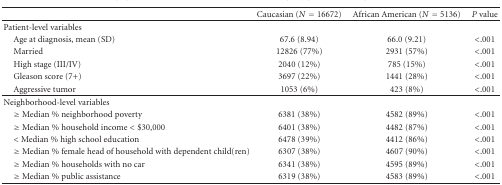
<table><thead><tr><td></td><td><b>Caucasian (<i>N</i> = 16672)</b></td><td><b>African American (<i>N</i> = 5136)</b></td><td><b><i>P</i> value</b></td></tr></thead><tbody><tr><td>Patient-level variables</td><td></td><td></td><td></td></tr><tr><td> Age at diagnosis, mean (SD)</td><td>67.6 (8.94)</td><td>66.0 (9.21)</td><td>&lt;.001</td></tr><tr><td> Married</td><td>12826 (77%)</td><td>2931 (57%)</td><td>&lt;.001</td></tr><tr><td> High stage (III/IV)</td><td>2040 (12%)</td><td>785 (15%)</td><td>&lt;.001</td></tr><tr><td> Gleason score (7+)</td><td>3697 (22%)</td><td>1441 (28%)</td><td>&lt;.001</td></tr><tr><td> Aggressive tumor</td><td>1053 (6%)</td><td>423 (8%)</td><td>&lt;.001</td></tr><tr><td>Neighborhood-level variables</td><td></td><td></td><td></td></tr><tr><td> ≥ Median % neighborhood poverty</td><td>6381 (38%)</td><td>4582 (89%)</td><td>&lt;.001</td></tr><tr><td> ≥ Median % household income &lt;$30,000</td><td>6401 (38%)</td><td>4482 (87%)</td><td>&lt;.001</td></tr><tr><td> &lt; Median % high school education</td><td>6478 (39%)</td><td>4412 (86%)</td><td>&lt;.001</td></tr><tr><td> ≥ Median % female head of household with dependent child(ren)</td><td>6307 (38%)</td><td>4607 (90%)</td><td>&lt;.001</td></tr><tr><td> ≥ Median % households with no car</td><td>6341 (38%)</td><td>4595 (89%)</td><td>&lt;.001</td></tr><tr><td> ≥ Median % public assistance</td><td>6319 (38%)</td><td>4583 (89%)</td><td>&lt;.001</td></tr></tbody></table>